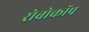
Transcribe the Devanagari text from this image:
रोबोकॉप